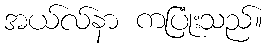
အယ်လ်နာ ကပြုံးသည်။